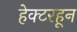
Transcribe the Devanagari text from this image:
हेक्टरहून